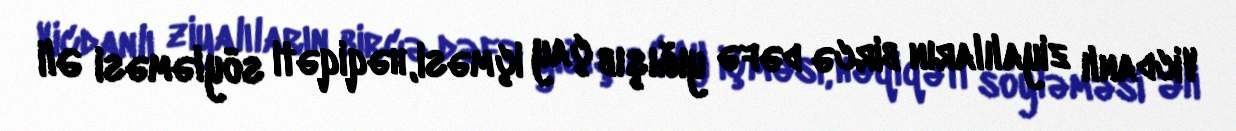
Vicdanlı ziyalıların bircə dəfə yığışıb çay içməsi, həqiqəti söyləməsi Əli